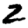
Digit: 2